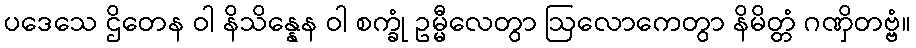
ပဒေသေ ဌိတေန ဝါ နိသိန္နေန ဝါ စက္ခုံ ဥမ္မီလေတွာ ဩလောကေတွာ နိမိတ္တံ ဂဏှိတဗ္ဗံ။